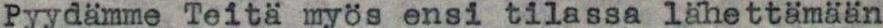
Pyydämme Teitä myös ensi tilassa lähettämään